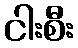
ငါးစီး